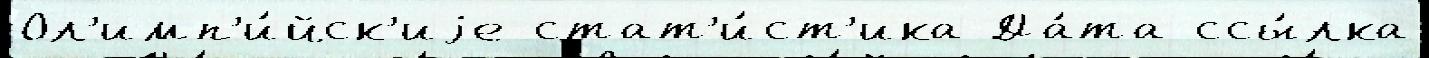
Ол'имп'и́йск'иjе стат'и́ст'ика Да́та ссы́лка